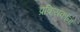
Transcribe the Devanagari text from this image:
प्रक्रियकांना